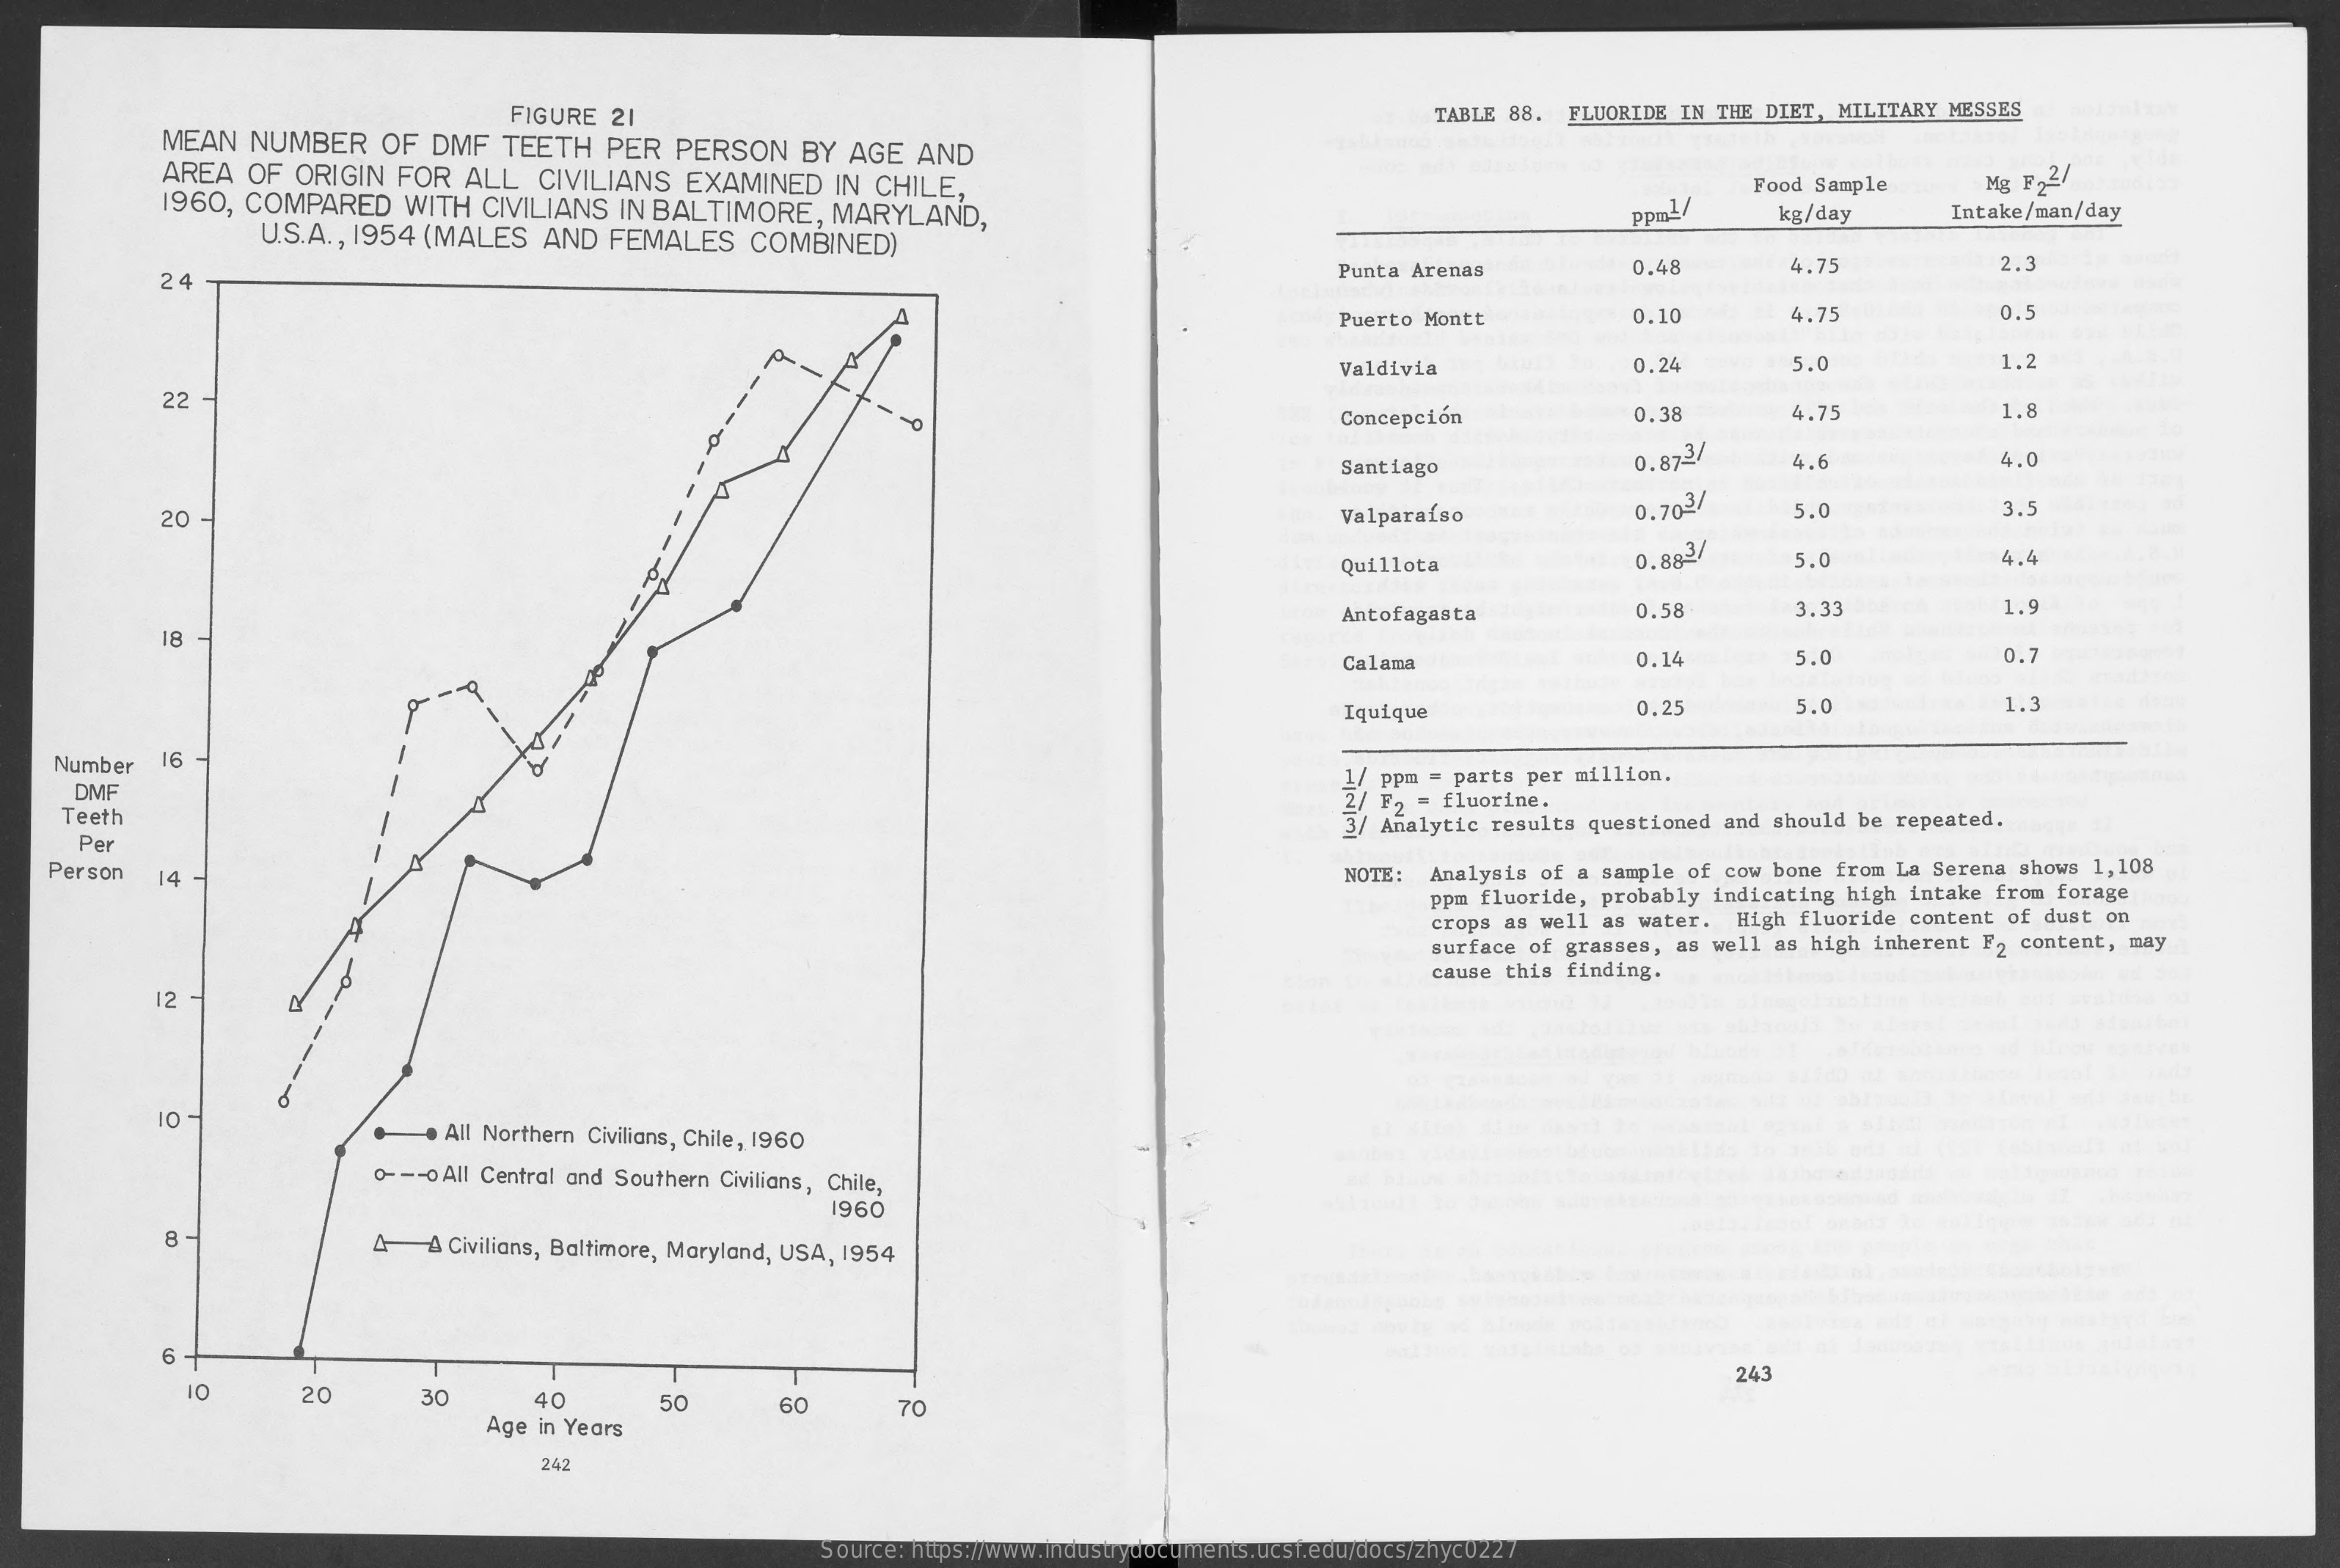
MEAN NUMBER OF DMF TEETH PER PERSON BY AGE AND
     FIGURE 21    TABLE 88. FLUORIDE IN THE DIET, MILITARY MESSES
     AREA OF ORIGIN FOR ALL CIVILIANS EXAMINED IN CHILE,
     1960, COMPARED WITH CIVILIANS IN BALTIMORE, MARYLAND,
     Food Sample
     U.S.A ., 1954 (MALES AND FEMALES COMBINED)
     Ppm1/ kg/day Intake/man/day
     24    Punta Arenas 0.48 4.75 2.
     Puerto Montt 0.10 4.75 0.5
     Valdivia 0.24 5.0  1.2
     22
     -0    Concepción 0.38 4.75 1.8
     Santiago
     0.873/ 4.6 4.0
     20    Valparaíso 0,703/ 5.0 3.5
     Quillota
     0.883/ 5.0 4.4
     Antofagasta 0.58 3.3 1.9
     18
     Calama   0.14 5.0  0.7
     Iquique  0,25 5.0  1.3
  Number 16
   DMF
     1/ ppm = parts per million.
  Teeth
     2/ F2 = fluorine.
   Per
     3/ Analytic results questioned and should be repeated.
  Person 14    NOTE: Analysis of a sample of cow bone from La Serena shows 1, 108
     ppm fluoride, probably indicating high intake from forage
     crops as well as water. High fluoride content of dust on
     surface of grasses, as well as high inherent F2 content, may
     -------
     cause this finding.
     12
     10
     . All Northern Civilians, Chile, 1960
     o --- o All Central and Southern Civilians, Chile,
     1960
     8    4 A Civilians, Baltimore, Maryland, USA, 1954
     6
     10
     243
     20  30 40 50
     Age in Years
     60 70
     242
     Source: https://www.industrydocuments.ucsf.edu/docs/zhyc0227